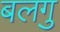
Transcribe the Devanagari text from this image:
बलगु